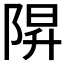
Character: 𨺒